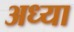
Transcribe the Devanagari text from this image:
अध्या